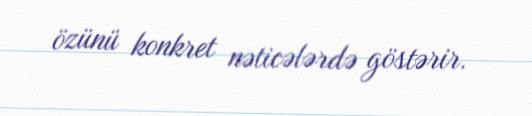
özünü konkret nəticələrdə göstərir.